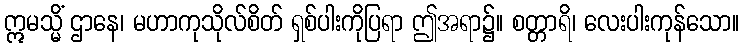
ဣမသ္မိံ ဌာနေ၊ မဟာကုသိုလ်စိတ် ရှစ်ပါးကိုပြရာ ဤအရာ၌။ စတ္တာရိ၊ လေးပါးကုန်သော။